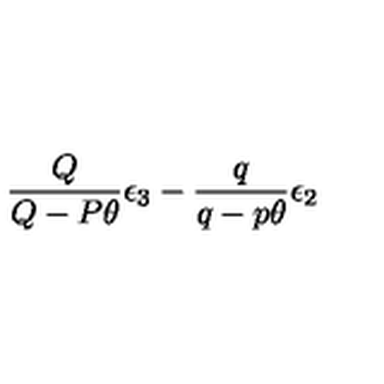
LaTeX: \frac { Q } { Q - P \theta } \epsilon _ { 3 } - \frac { q } { q - p \theta } \epsilon _ { 2 }